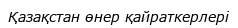
Қазақстан өнер қайраткерлері